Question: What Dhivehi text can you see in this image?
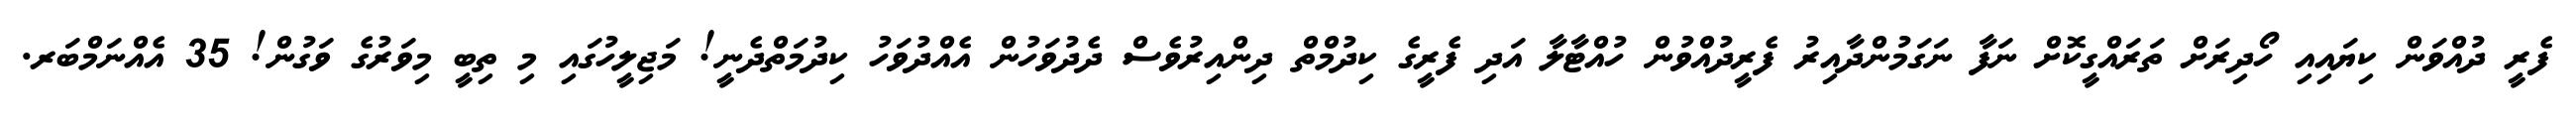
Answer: ފެރީ ދުއްވަން ކިޔައިއި ހޯދިރަށް ތަރައްގީކޮށް ނަފާ ނަގަމުންދާއިރު ފެރީދުއްވުން ހުއްޓާލާ އަދި ފެރީގެ ކިދުމްތް ދިންއިރުވެސް ދެދުވަހުން އެއްދުވަހު ކިދުމަތްދެނީ! މަޖިލީހުގައި މި ތިބީ މިވަރުގެ ވަގުން! 35 އެއްނަމްބަރ.